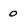
Character: 0